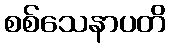
စစ်သေနာပတိ